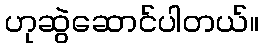
ဟုဆွဲဆောင်ပါတယ်။